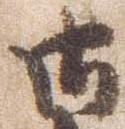
御